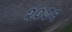
૨૦૭૬